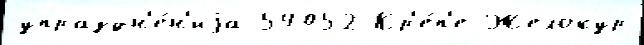
упраздн'е́н'иjа 54052 Кр'е́п'е Желокур